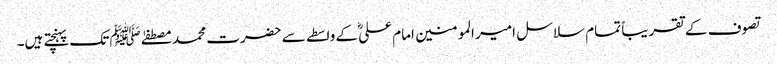
تصوف کے تقریباً تمام سلاسل امیر المومنین امام علیؓ کے واسطے سے حضرت محمد مصطفےٰ ﷺ تک پہنچتے ہیں۔